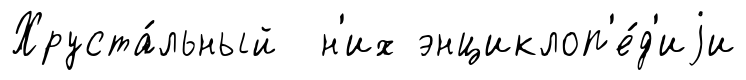
Хруста́льный н'их энциклоп'е́д'иjи